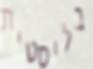
בליסטית